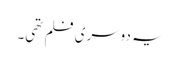
یہ دوسری فلم تھی۔